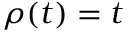
\rho ( t ) = t